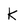
Character: k